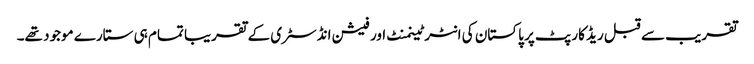
تقریب سے قبل ریڈ کارپٹ پر پاکستان کی انٹرٹینمنٹ اور فیشن انڈسٹری کے تقریبا تمام ہی ستارے موجود تھے۔